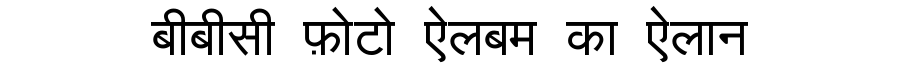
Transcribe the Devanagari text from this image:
बीबीसी फ़ोटो ऐलबम का ऐलान